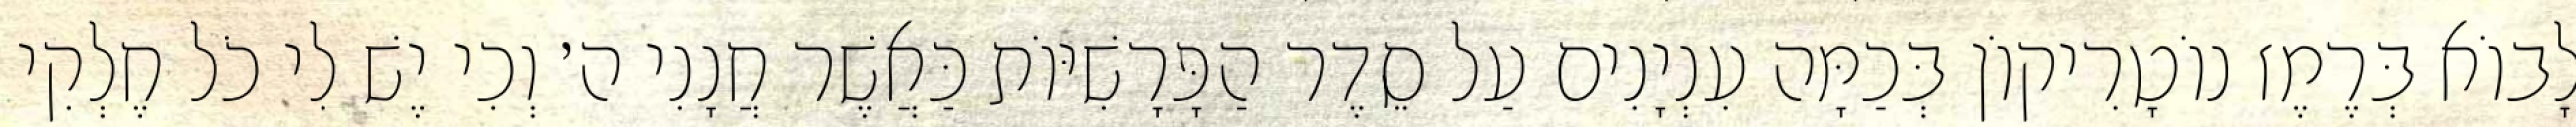
לָבוֹא בְּרֶמֶז נוֹטָרִיקוֹן בְּכַמָּה עִנְיָנִים עַל סֵדֶר הַפָּרָשִׁיּוֹת כַּאֲשֶׁר חֲנָנִי ה׳ וְכִי יֶשׁ לִי כֹל חֶלְקִי